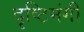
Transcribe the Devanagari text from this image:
दृष्टिमंगी